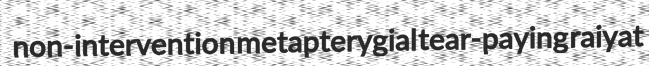
non-intervention metapterygial tear-paying raiyat